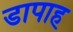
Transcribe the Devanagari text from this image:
डापाह